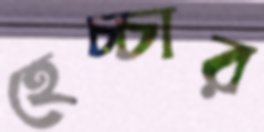
হেচ্চার